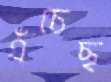
এঁচেছ